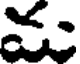
మ